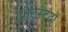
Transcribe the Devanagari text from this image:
प्रोटेस्टंटों